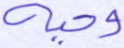
وحيه